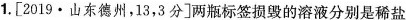
1.[2019·山东德州，13，3分]两瓶标签损毁的溶液分别是稀盐